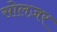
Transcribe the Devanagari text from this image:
सोलज़र